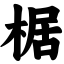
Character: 椐